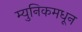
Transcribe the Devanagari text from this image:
म्युनिकमधून